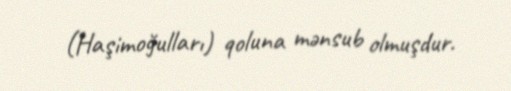
(Haşimoğulları) qoluna mənsub olmuşdur.